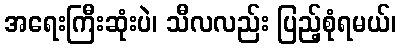
အရေးကြီးဆုံးပဲ၊ သီလလည်း ပြည့်စုံရမယ်၊